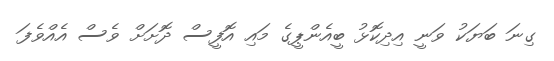
ގިނަ ބަޔަކު ވަނީ އިދިކޮޅު ބީއެންޕީގެ މައި އޮފީސް ދޮށަށް ވެސް އެއްވެފަ